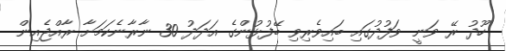
ހޫދު ރޭ ވަނީ ވަފުދުގައި ބައިވެރިވި ބޭފުޅުންގެ އަދަދު 30 ނާރާނެކަމަށާ ރާއްޖެއިން